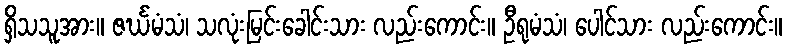
ရှိသသူအား။ ဇင်္ဃမံသံ၊ သလုံးမြင်းခေါင်းသား လည်းကောင်း။ ဦရုမံသံ၊ ပေါင်သား လည်းကောင်း။